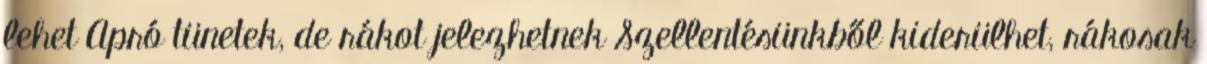
lehet Apró tünetek, de rákot jelezhetnek Szellentésünkből kiderülhet, rákosak